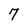
Character: 7